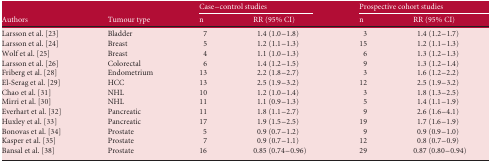
|  |  | <COLSPAN=2> Case–control studies | <COLSPAN=2> Prospective cohort studies |
 | Authors | Tumour type | n | RR (95% CI) | n | RR (95% CI) |
 | --- | --- | --- | --- | --- | --- |
 | Larsson et al. 23 | Bladder | 7 | 1.4 (1.0–1.8) | 3 | 1.4 (1.2–1.7) |
 | Larsson et al. 24 | Breast | 5 | 1.2 (1.1–1.3) | 15 | 1.2 (1.1–1.3) |
 | Wolf et al. 25 | Breast | 4 | 1.1 (1.0–1.3) | 6 | 1.3 (1.2–1.3) |
 | Larsson et al. 26 | Colorectal | 6 | 1.4 (1.2–1.5) | 9 | 1.3 (1.2–1.4) |
 | Friberg et al. 28 | Endometrium | 13 | 2.2 (1.8–2.7) | 3 | 1.6 (1.2–2.2) |
 | El-Serag et al. 29 | HCC | 13 | 2.5 (1.9–3.2) | 12 | 2.5 (1.9–3.2) |
 | Chao et al. 31 | NHL | 10 | 1.2 (1.0–1.4) | 3 | 1.8 (1.3–2.5) |
 | Mirri et al. 30 | NHL | 11 | 1.1 (0.9–1.3) | 5 | 1.4 (1.1–1.9) |
 | Everhart et al. 32 | Pancreatic | 11 | 1.8 (1.1–2.7) | 9 | 2.6 (1.6–4.1) |
 | Huxley et al. 33 | Pancreatic | 17 | 1.9 (1.5–2.5) | 19 | 1.7 (1.6–1.9) |
 | Bonovas et al. 34 | Prostate | 5 | 0.9 (0.7–1.2) | 9 | 0.9 (0.9–1.0) |
 | Kasper et al. 35 | Prostate | 7 | 0.9 (0.7–1.1) | 12 | 0.8 (0.7–0.9) |
 | Bansal et al. 38 | Prostate | 16 | 0.85 (0.74–0.96) | 29 | 0.87 (0.80–0.94) |